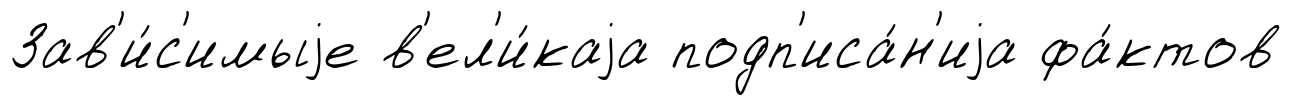
Зав'и́с'имыjе в'ел'и́каjа подп'иса́н'иjа фа́ктов